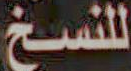
للنسخ